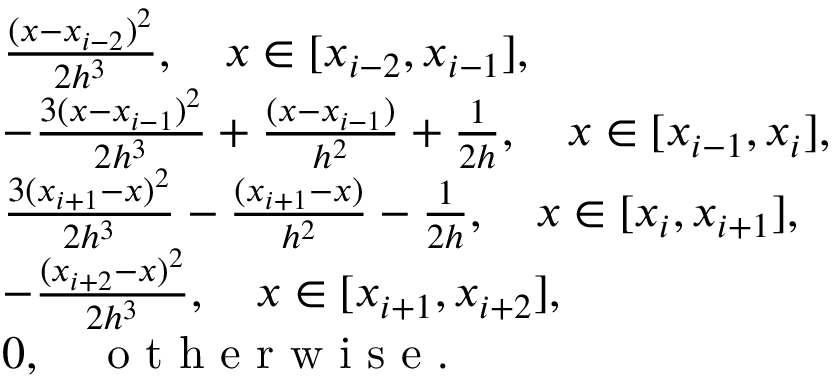
\begin{array} { r l } & { \frac { ( x - x _ { i - 2 } ) ^ { 2 } } { 2 h ^ { 3 } } , \quad x \in [ x _ { i - 2 } , x _ { i - 1 } ] , } \\ & { - \frac { 3 ( x - x _ { i - 1 } ) ^ { 2 } } { 2 h ^ { 3 } } + \frac { ( x - x _ { i - 1 } ) } { h ^ { 2 } } + \frac { 1 } { 2 h } , \quad x \in [ x _ { i - 1 } , x _ { i } ] , } \\ & { \frac { 3 ( x _ { i + 1 } - x ) ^ { 2 } } { 2 h ^ { 3 } } - \frac { ( x _ { i + 1 } - x ) } { h ^ { 2 } } - \frac { 1 } { 2 h } , \quad x \in [ x _ { i } , x _ { i + 1 } ] , } \\ & { - \frac { ( x _ { i + 2 } - x ) ^ { 2 } } { 2 h ^ { 3 } } , \quad x \in [ x _ { i + 1 } , x _ { i + 2 } ] , } \\ & { 0 , \quad \textup { o t h e r w i s e } . } \end{array}